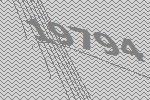
19794